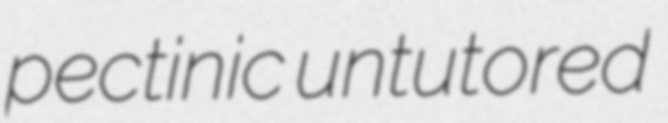
pectinic untutored